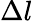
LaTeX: \Delta l